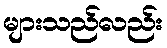
များသည်လည်း